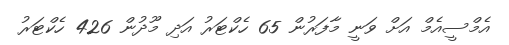
އެމްސީއެމް އަށް ވަނީ މާފަރުން 65 ހެކްޓަރު އަދި މޫދުން 426 ހެކްޓަރު